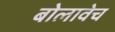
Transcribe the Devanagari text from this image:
बोलावेच